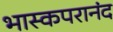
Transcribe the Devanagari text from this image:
भास्कपरानंद